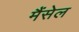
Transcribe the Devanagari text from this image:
मैंसेल